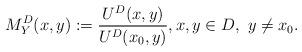
LaTeX: \begin{align*}M^D_Y(x, y):=\frac{U^D(x, y)}{U^D(x_0, y)}, x, y\in D,~y\neq x_0.\end{align*}